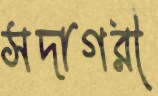
সদাগরী